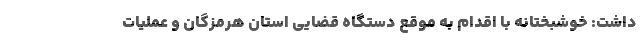
داشت: خوشبختانه با اقدام به موقع دستگاه قضایی استان هرمزگان و عملیات